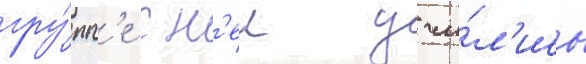
гру́пп'е с н'еи учи́л'ись